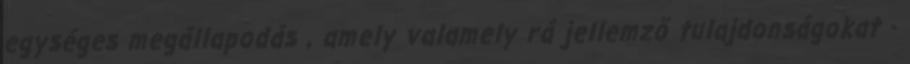
egységes megállapodás , amely valamely rá jellemző tulajdonságokat -